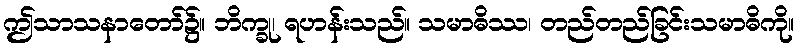
ဤသာသနာတော်၌။ ဘိက္ခု၊ ရဟန်းသည်။ သမာဓိဿ၊ တည်တည်ခြင်းသမာဓိကို။